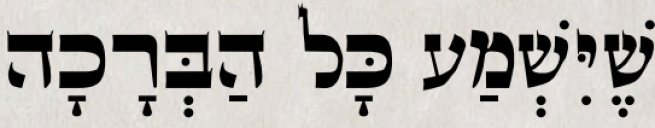
שֶׁיִּשְׁמַע כָּל הַבְּרָכָה